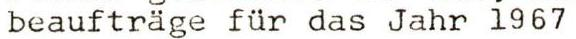
beaufträge für das Jahr 1967